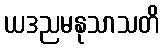
ယဒညမနုသာသတိ